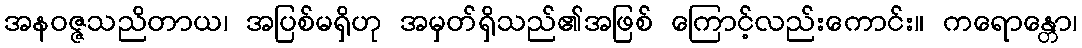
အနဝဇ္ဇသညိတာယ၊ အပြစ်မရှိဟု အမှတ်ရှိသည်၏အဖြစ် ကြောင့်လည်းကောင်း။ ကရောန္တော၊